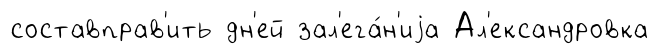
составправ'ить дн'ей зал'ега́н'иjа Ал'ександровка